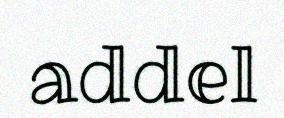
addel